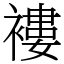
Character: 褸